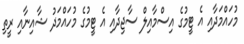
މުހައްމަދާއި އެ ޓީމުގެ އިސްމާއިލް ސާޖިދާއި އެ ޓީމުގެ މުހައްމަދު ޝާއިނާއި ރީތި